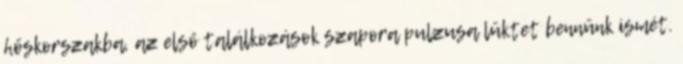
hőskorszakba, az első találkozások szapora pulzusa lüktet bennünk ismét.